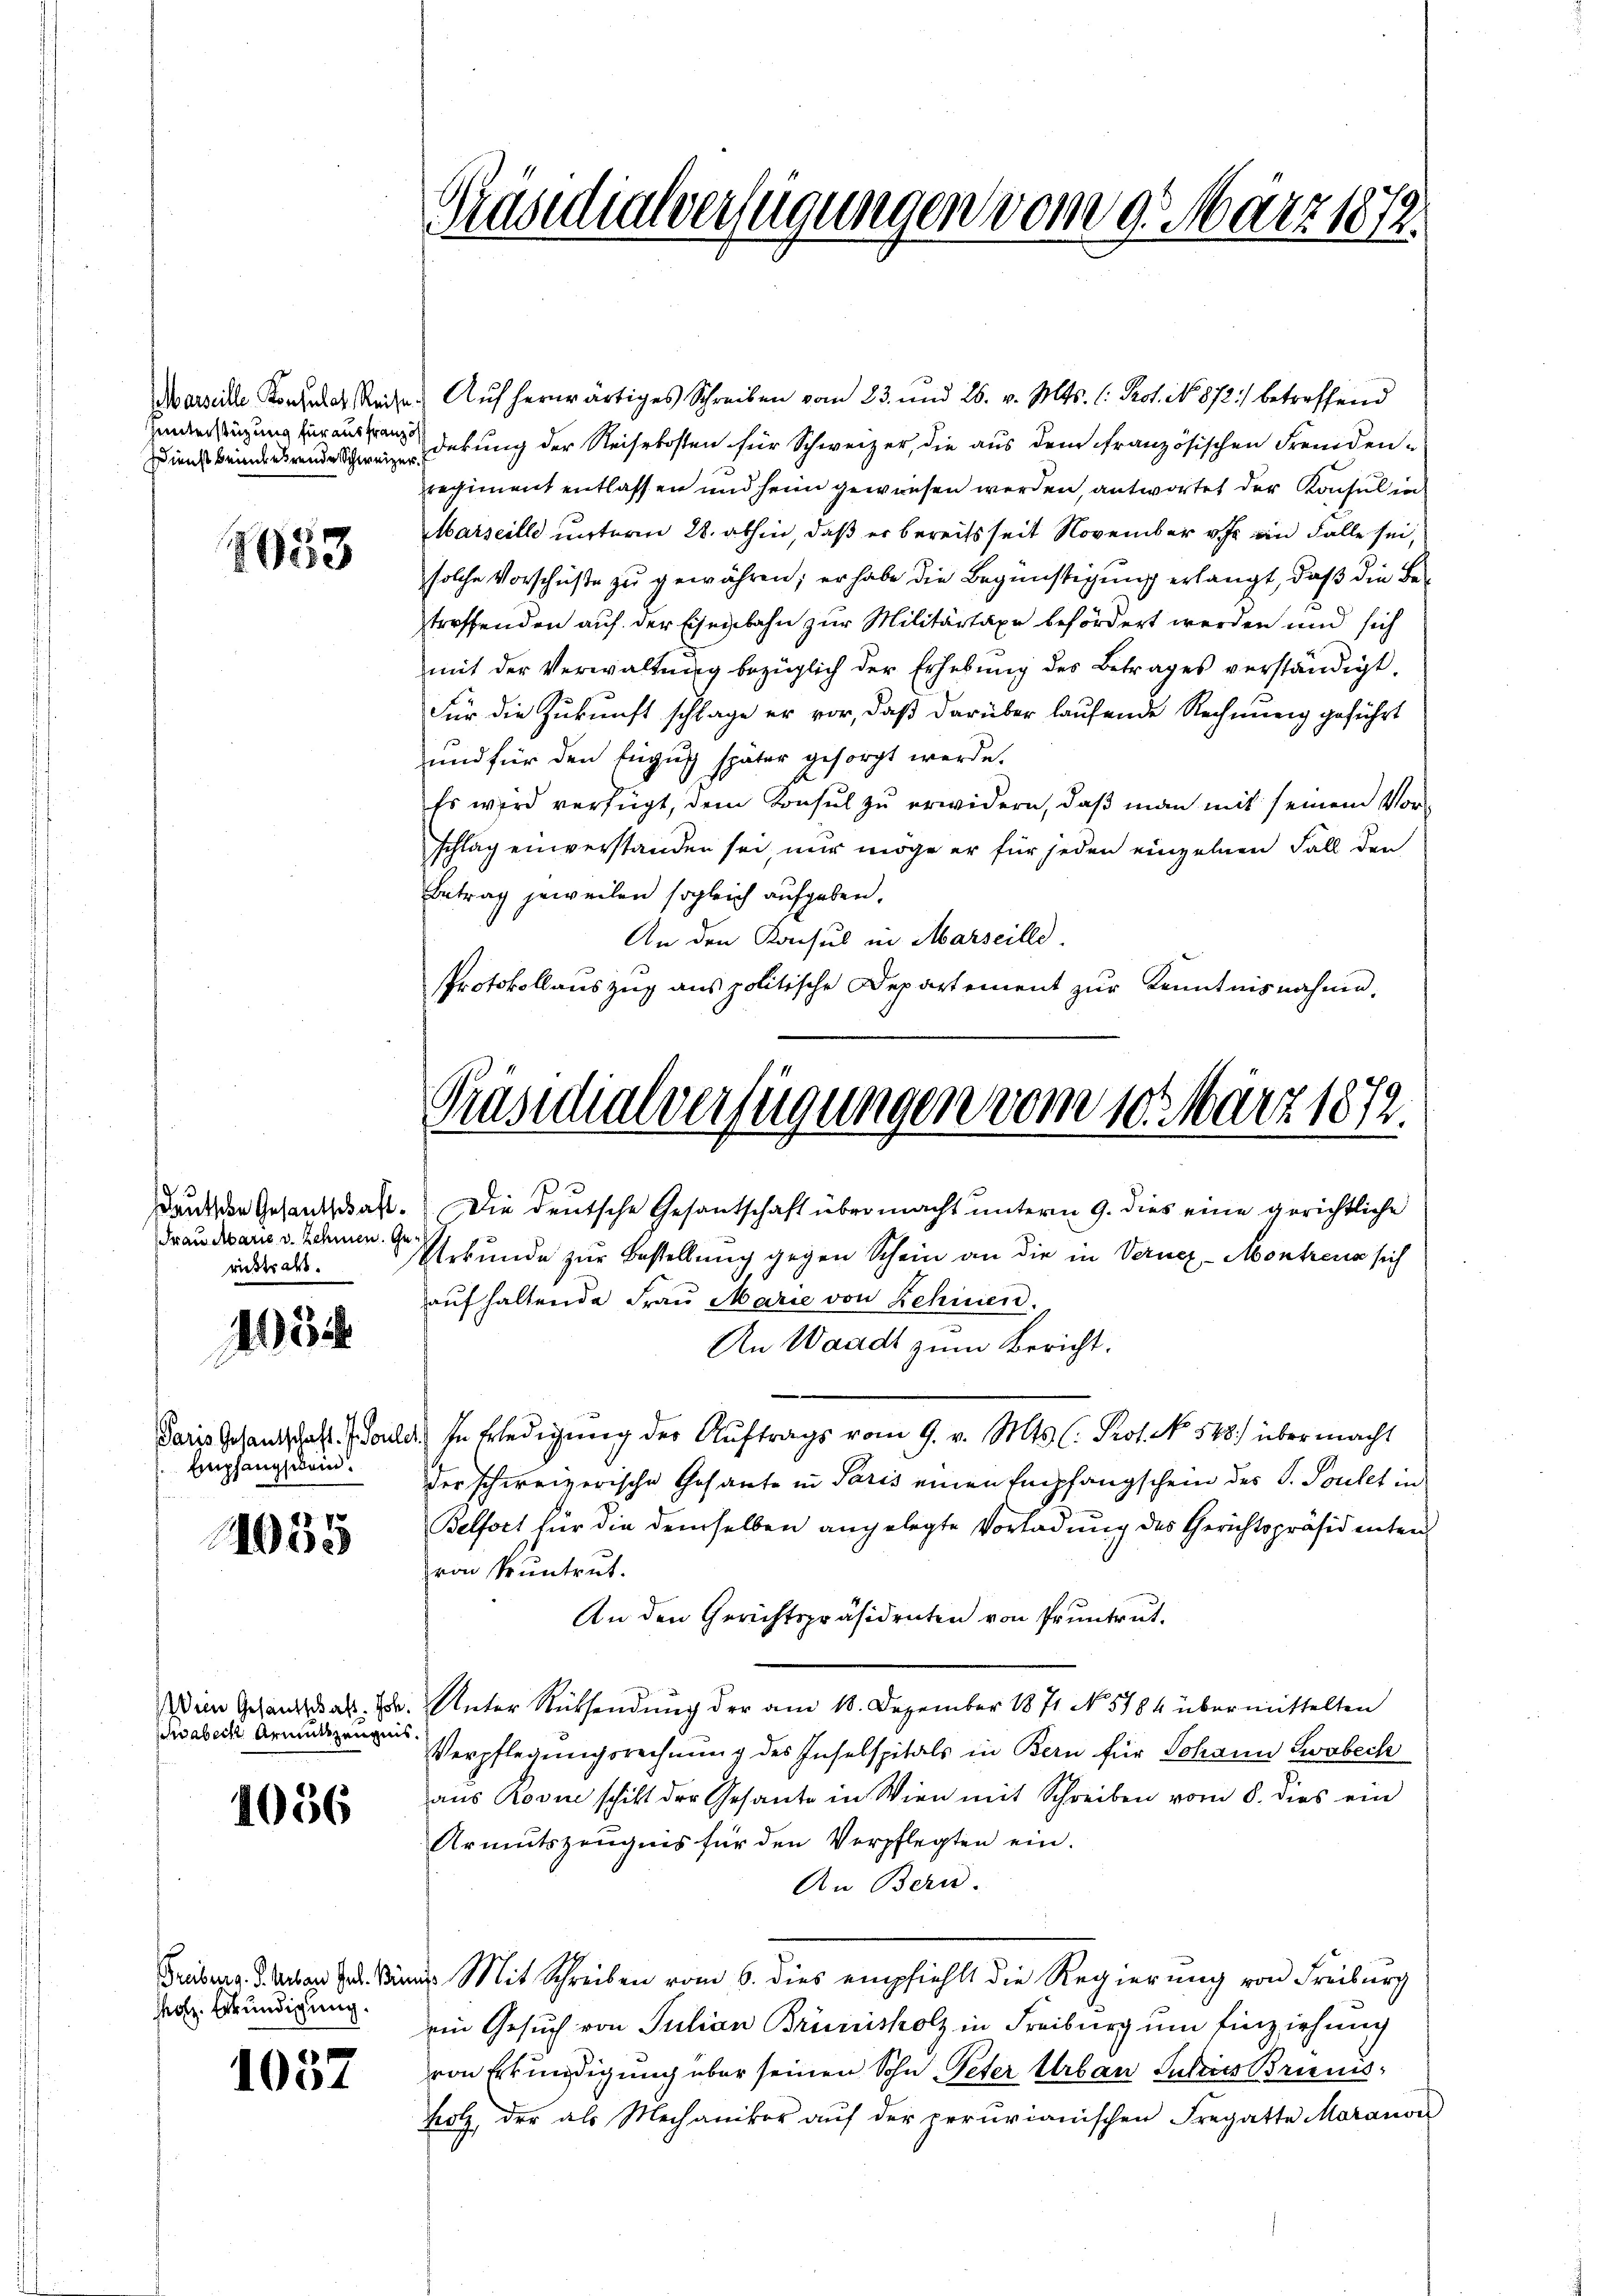
Hunterstüzung für ausfranzo

1653

Frau Marie v. Zehmen. Gericktratt.

4034

Paris Gesandtschaft. I. Soule
Empfangschein.

1035

1056

1057

swabeck Armutszeugnis.

Freiberg. S. Urband Ges. Bin
holz. Erkundigung.

Präsidialverfügungen vom 9. März 1872.

Marseille Konfere Reise. Auf herwärtiges Schreiben vom 23. und 26. v. Mts. (: Prof. No. 872.) betreffend
Dienst brinderende Schwederung der Reisekosten für Schweizer, die aus dem französischen Fremdenregiment entlassen und heim gewiesen werden, antwortet der Konsul in
Marseille unterm 28. abhin, daß er bereits seit November v. J. ein Falle sei,
solche Vorschüße zu gewähren; er habe die Begünstigung erlangt, daß die Betreffenden auf der Eisenbahn zur Militärtaxe befördert werden und sich
mit der Verwaltŭng bezüglich der Erhebŭng des Betrages verständigt.
Für die Zukunft schlage er vor, daß darüber laufende Rechnung geführt
und für den Engus später gesorgt werde.
Es wird verfügt, dem Konsul zu erwidern, daß man mit seinem Vorschlag einverstanden sei, nur möge er für jeden einzelnen Fall der
Betrag jeweilen sogleich aufgeben.
An den Konsul in Marseille.
e
Protokollauszug aus politische Departement zur Kenntnisnahme,

Präsidialverfügungen vom 10. März 1872.
Dank den Gesandschaft. Die deutsche Gesantschaft übermacht unterm 9. dies eine gerichtliche

Urkunde zur Bestellung gegen Schein an die in Vernez-Montreux sich
aŭfhaltende Fraŭ Marie von Zehinen.
An Waadt zum Bericht.
d. In Erledigŭng der Aŭftrags vom 9. v. Mts. (: Prot. No. 548.) über macht
der schweizerische Gesante in Paris einen Empfangschein des P. Toutet in
Belfort für die demselben angelegte Vorladung des Gerichtspräsidenten
von Pruntrut.
An den Gerichtspräsidenten von Pruntrut.
Wein Gesandtat. I. Unter Rücksendung der am 18. Dezember 1871 No 5784 übermittelten
Verpflegungsrechnung des Insebspitals in Bern für Johann Zwabeck
aus Rosine schikt der Gesante in Wien mit Schreiben vom 8. dies ein
Armutszeugnis für den Verpflegten ein.
An Bern.
aus Mit Schreiben vom 6. dies empfiehlt die Regierung von Freiburg
ein Gesuch von Julian Brünisholz in Freiburg um Einziehung
von Erkundigung über seinen Sohn Peter Urban Jahres Brienisholz, der als Mechaniker auf der perurianischen Fregatte Maranon